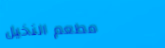
مطعم النخيل